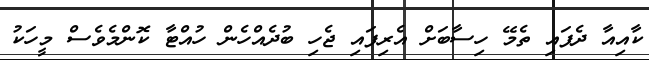
ކާއިއާ ދެފައި ތެމޭ ހިސާބަށް އެރިފައި ޖެހި ބުދެއްހެން ހުއްޓާ ކޮންމެވެސް މީހަކު